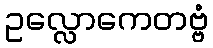
ဥလ္လောကေတဗ္ဗံ